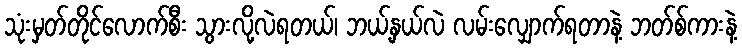
သုံးမှတ်တိုင်လောက်စီး သွားလို့လဲရတယ်၊ ဘယ့်နှယ်လဲ လမ်းလျှောက်ရတာနဲ့ ဘတ်စ်ကားနဲ့